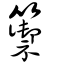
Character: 籞